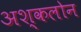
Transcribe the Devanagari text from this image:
अश्कलोन